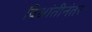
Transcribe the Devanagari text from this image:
विश्रांतीनंतर